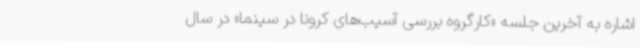
اشاره به آخرین جلسه «کارگروه بررسی آسیب‌های کرونا در سینما» در سال